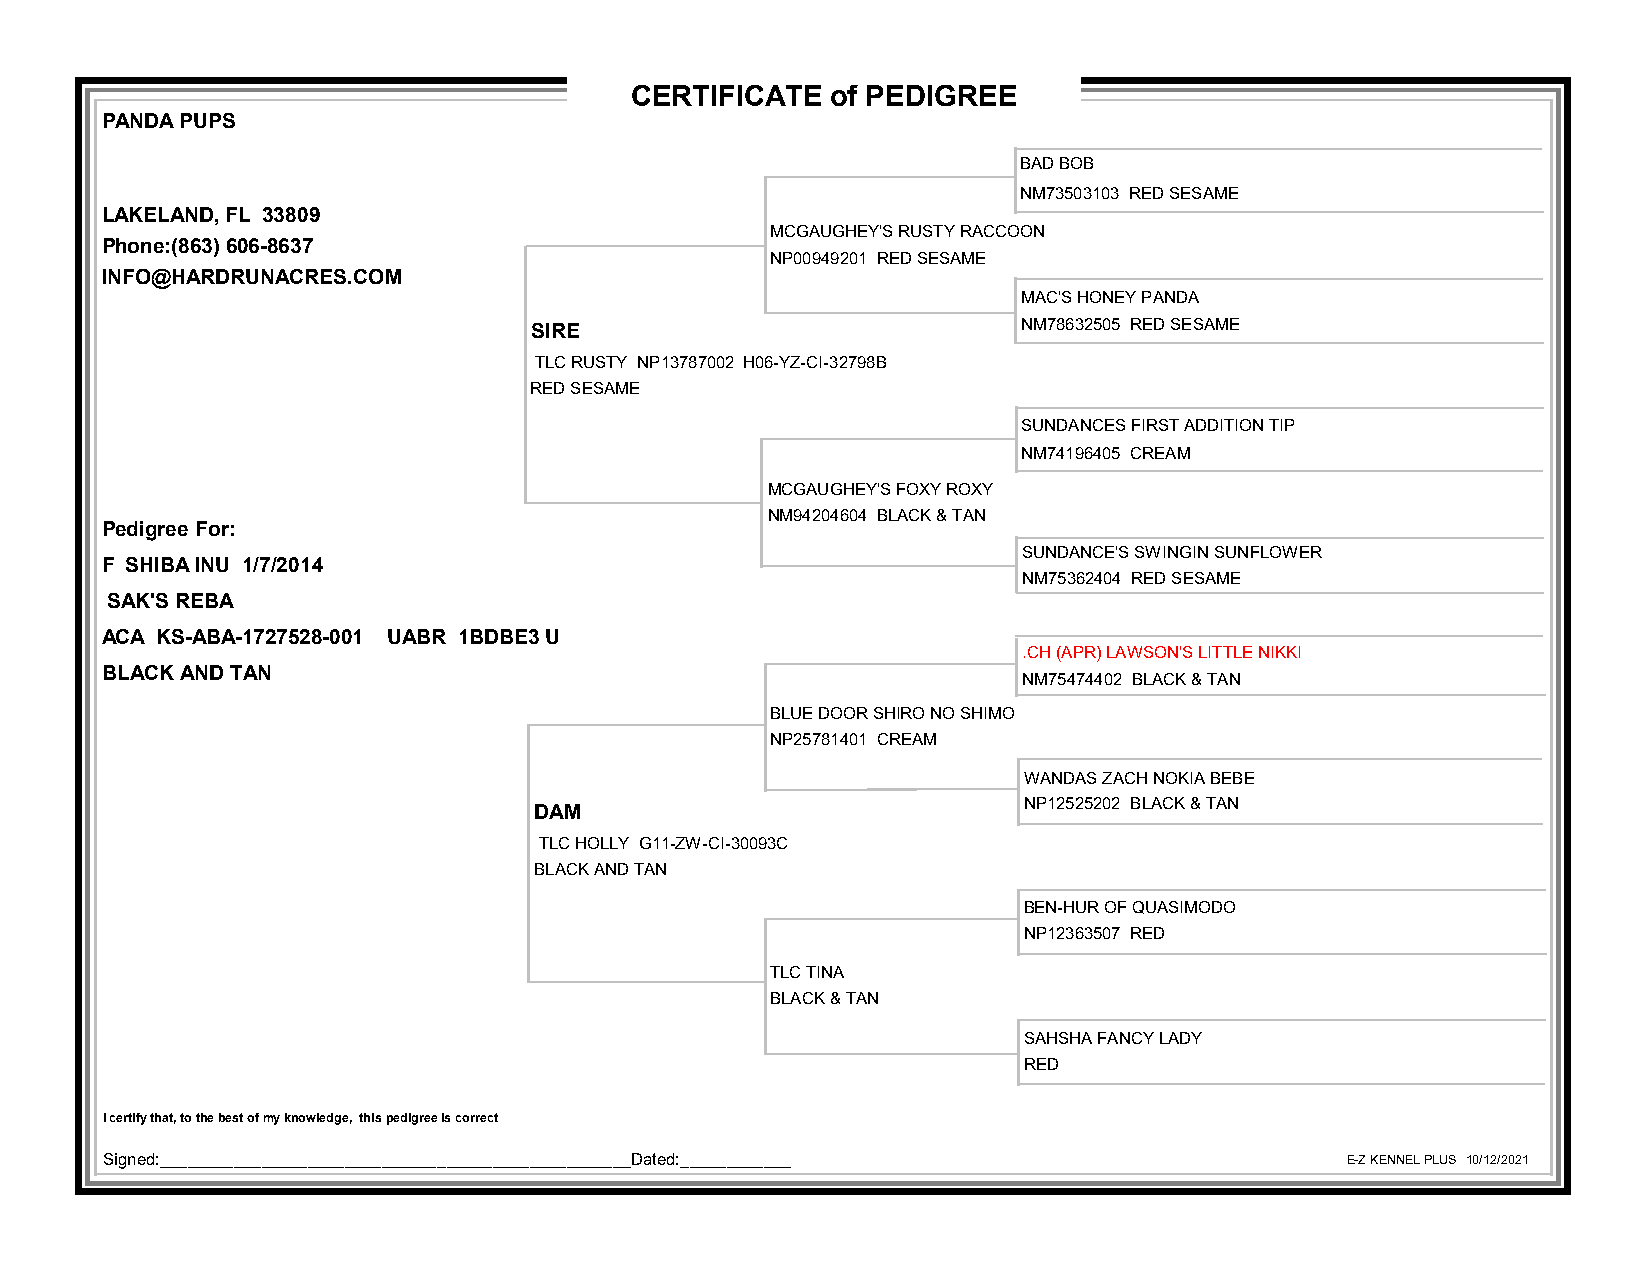
CERTIFICATE  of PEDIGREE
 PANDA PUPS
 BAD BOB
 NM73503103 RED SESAME
 LAKELAND, FL 33809
 MCGAUGHEY'S RUSTY RACCOON
 Phone:(863) 606-8637
 NP00949201 RED SESAME
 INFO@HARDRUNACRES.COM
 MAC'S HONEY PANDA
 SIRE                             NM78632505 RED SESAME
 TLC RUSTY NP13787002 H06-YZ-CI-32798B
 RED SESAME
 SUNDANCES FIRST ADDITION TIP
 NM74196405 CREAM
 MCGAUGHEY'S FOXY ROXY
 NM94204604 BLACK & TAN
 Pedigree For:
 SUNDANCE'S SWINGIN SUNFLOWER
 F SHIBA INU 1/7/2014
 NM75362404 RED SESAME
 SAK'S REBA
 ACA KS-ABA-1727528-001 UABR 1BDBE3 U
 .CH (APR) LAWSON'S LITTLE NIKKI
 BLACK AND TAN
 NM75474402 BLACK & TAN
 BLUE DOOR SHIRO NO SHIMO
 NP25781401 CREAM
 WANDAS ZACH NOKIA BEBE
 NP12525202 BLACK & TAN
 DAM
 TLC HOLLY G11-ZW-CI-30093C
 BLACK AND TAN
 BEN-HUR OF QUASIMODO
 NP12363507 RED
 TLC TINA
 BLACK & TAN
 SAHSHA FANCY LADY
 RED
 I certify that, to the best of my knowledge, this pedigree is correct
 .
 Signed:___________________________________________________Dated:____________      E-Z KENNEL PLUS 10/12/2021